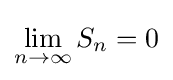
\lim _{n\to \infty }{S_{n}}=0